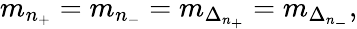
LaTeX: m_{n_{+}}=m_{n_{-}}=m_{\Delta_{n_{+}}}=m_{\Delta_{n_{-}}},